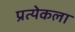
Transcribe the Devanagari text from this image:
प्रत्येकला